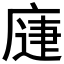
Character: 𭙨